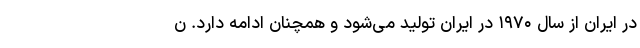
در ایران از سال ۱۹۷۰ در ایران تولید می‌شود و همچنان ادامه دارد. ن